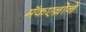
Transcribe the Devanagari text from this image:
मॅकएन्रोने